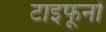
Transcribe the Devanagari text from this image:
टाइफूनों